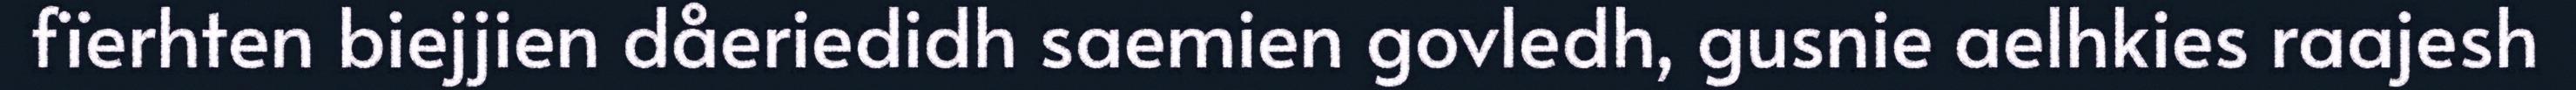
fïerhten biejjien dåeriedidh saemien govledh, gusnie aelhkies raajesh